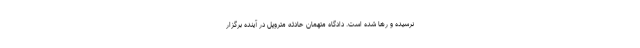
نرسیده و رها شده است. دادگاه متهمان حادثه متروپل در آینده برگزار